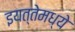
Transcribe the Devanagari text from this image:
इयत्तेमध्ये